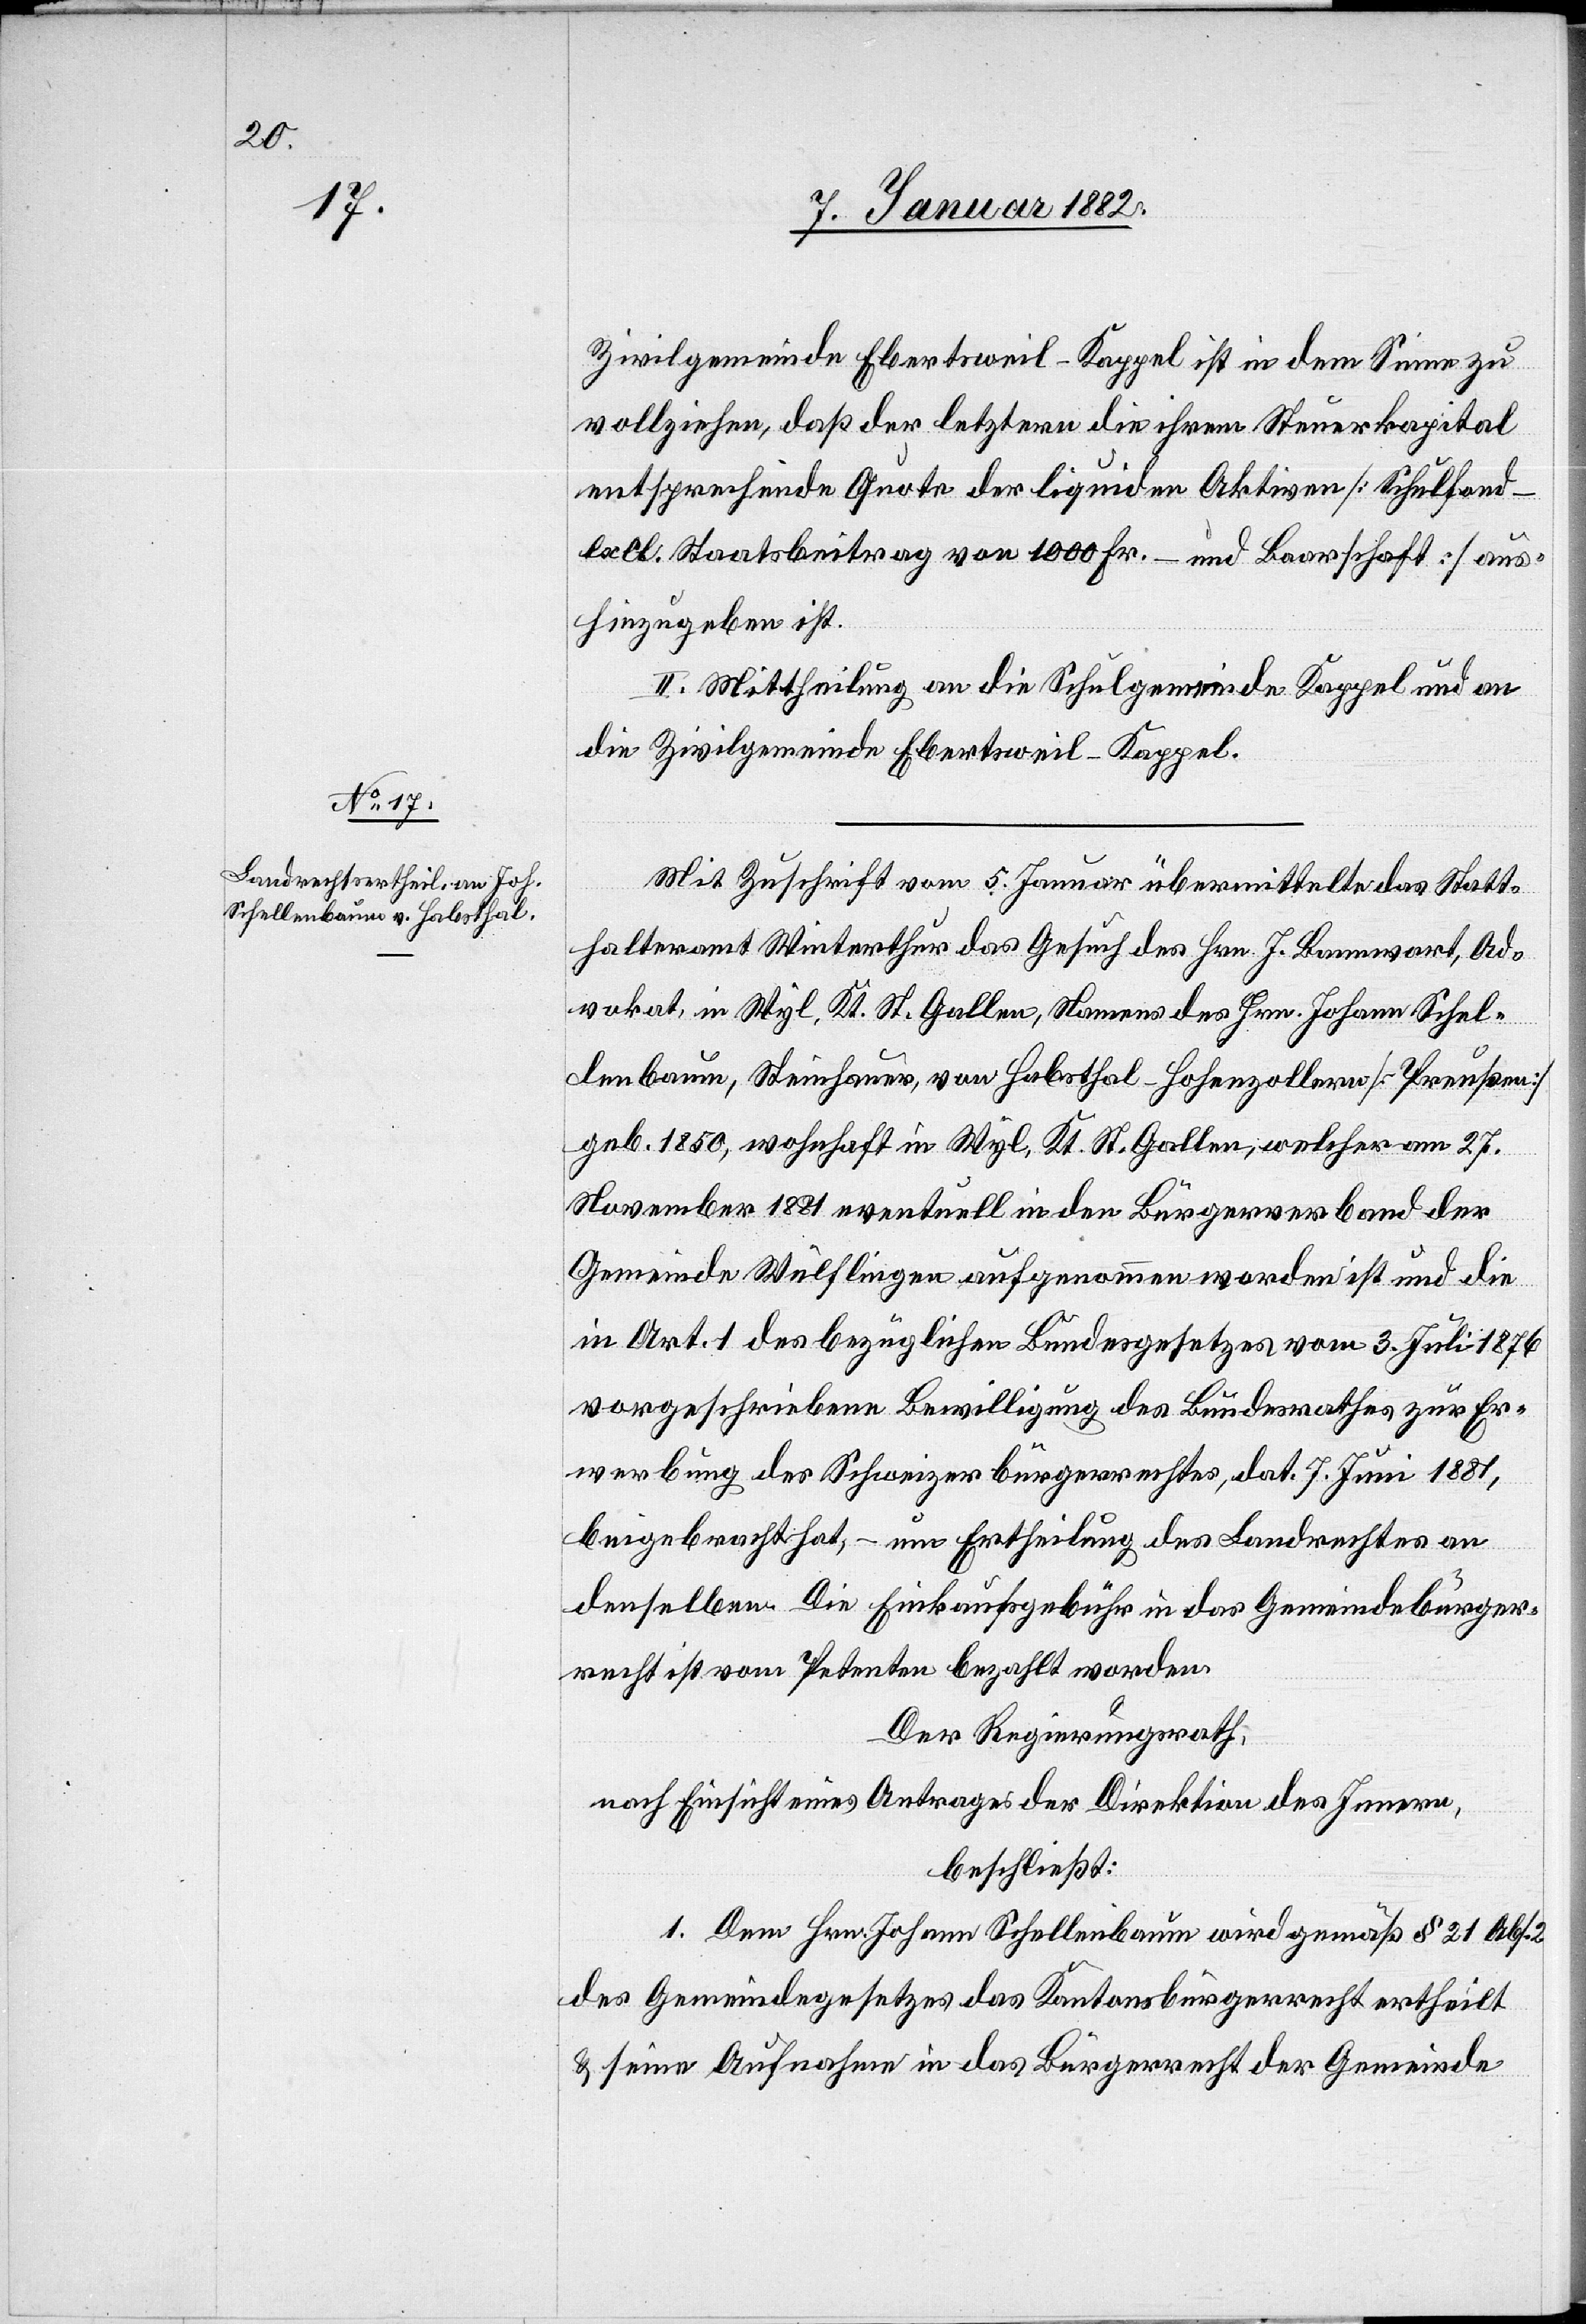
Zivilgemeinde Ebertsweil - Kappel ist in dem Sinne zu
vollziehen, daß der letztern die ihrem Steuerkapital
entsprechende Quote der liquiden Aktiven [Schulfond –
excl. Staatsbeitrag von 1000 Fr. – und Baarschaft] aus¬
hinzugeben ist.
II. Mittheilung an die Schulgemeinde Kappel und an
die Zivilgemeinde Ebertsweil - Kappel.
Mit Zuschrift vom 5. Januar übermittelte das Statt¬
halteramt Winterthur das Gesuch des Hrn. J. Bannwart, Ad¬
vokat, in Wyl, Kt. St. Gallen, Namens des Hrn. Johann Schel¬
lenbaum, Steinhauer, von Habsthal - Hohenzollern [Preußen]
geb. 1850, wohnhaft in Wyl, Kt. St. Gallen, welcher am 27.
November 1881 eventuell in den Bürgerverband der
Gemeinde Wülflingen aufgenommen worden ist und die
in Art. 1 des bezüglichen Bundesgesetzes vom 3. Juli 1876
vorgeschriebene Bewilligung des Bundesrathes zur Er¬
werbung des Schweizerbürgerrechtes, dat. 7. Juni 1881,
beigebracht hat, – um Ertheilung des Landrechtes an
denselben. Die Einkaufsgebühr in das Gemeindebürge¬
recht ist vom Petenten bezahlt worden.
Der Regierungsrath;
nach Einsicht eines Antrages der Direktion des Innern,
beschließt:
1. Dem Hrn. Johann Schellenbaum wird gemäß § 21 Abs.
des Gemeindegesetzes das Kantonsbürgerrecht ertheilt
& seine Aufnahme in das Bürgerrecht der Gemeinde